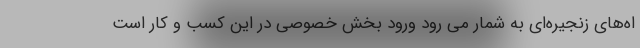
اه‌های زنجیره‌ای به شمار می رود ورود بخش خصوصی در این کسب و کار است